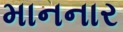
માનનાર